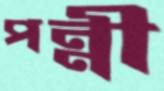
পন্নী